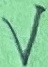
Text: V